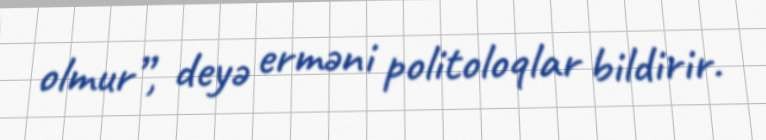
olmur”, deyə erməni politoloqlar bildirir.